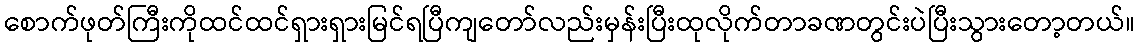
စောက်ဖုတ်ကြီးကိုထင်ထင်ရှားရှားမြင်ရပြီကျတော်လည်းမှန်းပြီးထုလိုက်တာခဏတွင်းပဲပြီးသွားတော့တယ်။